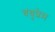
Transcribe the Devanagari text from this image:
बंधुप्रेम